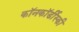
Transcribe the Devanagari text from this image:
कॉनकॉर्डीस्की